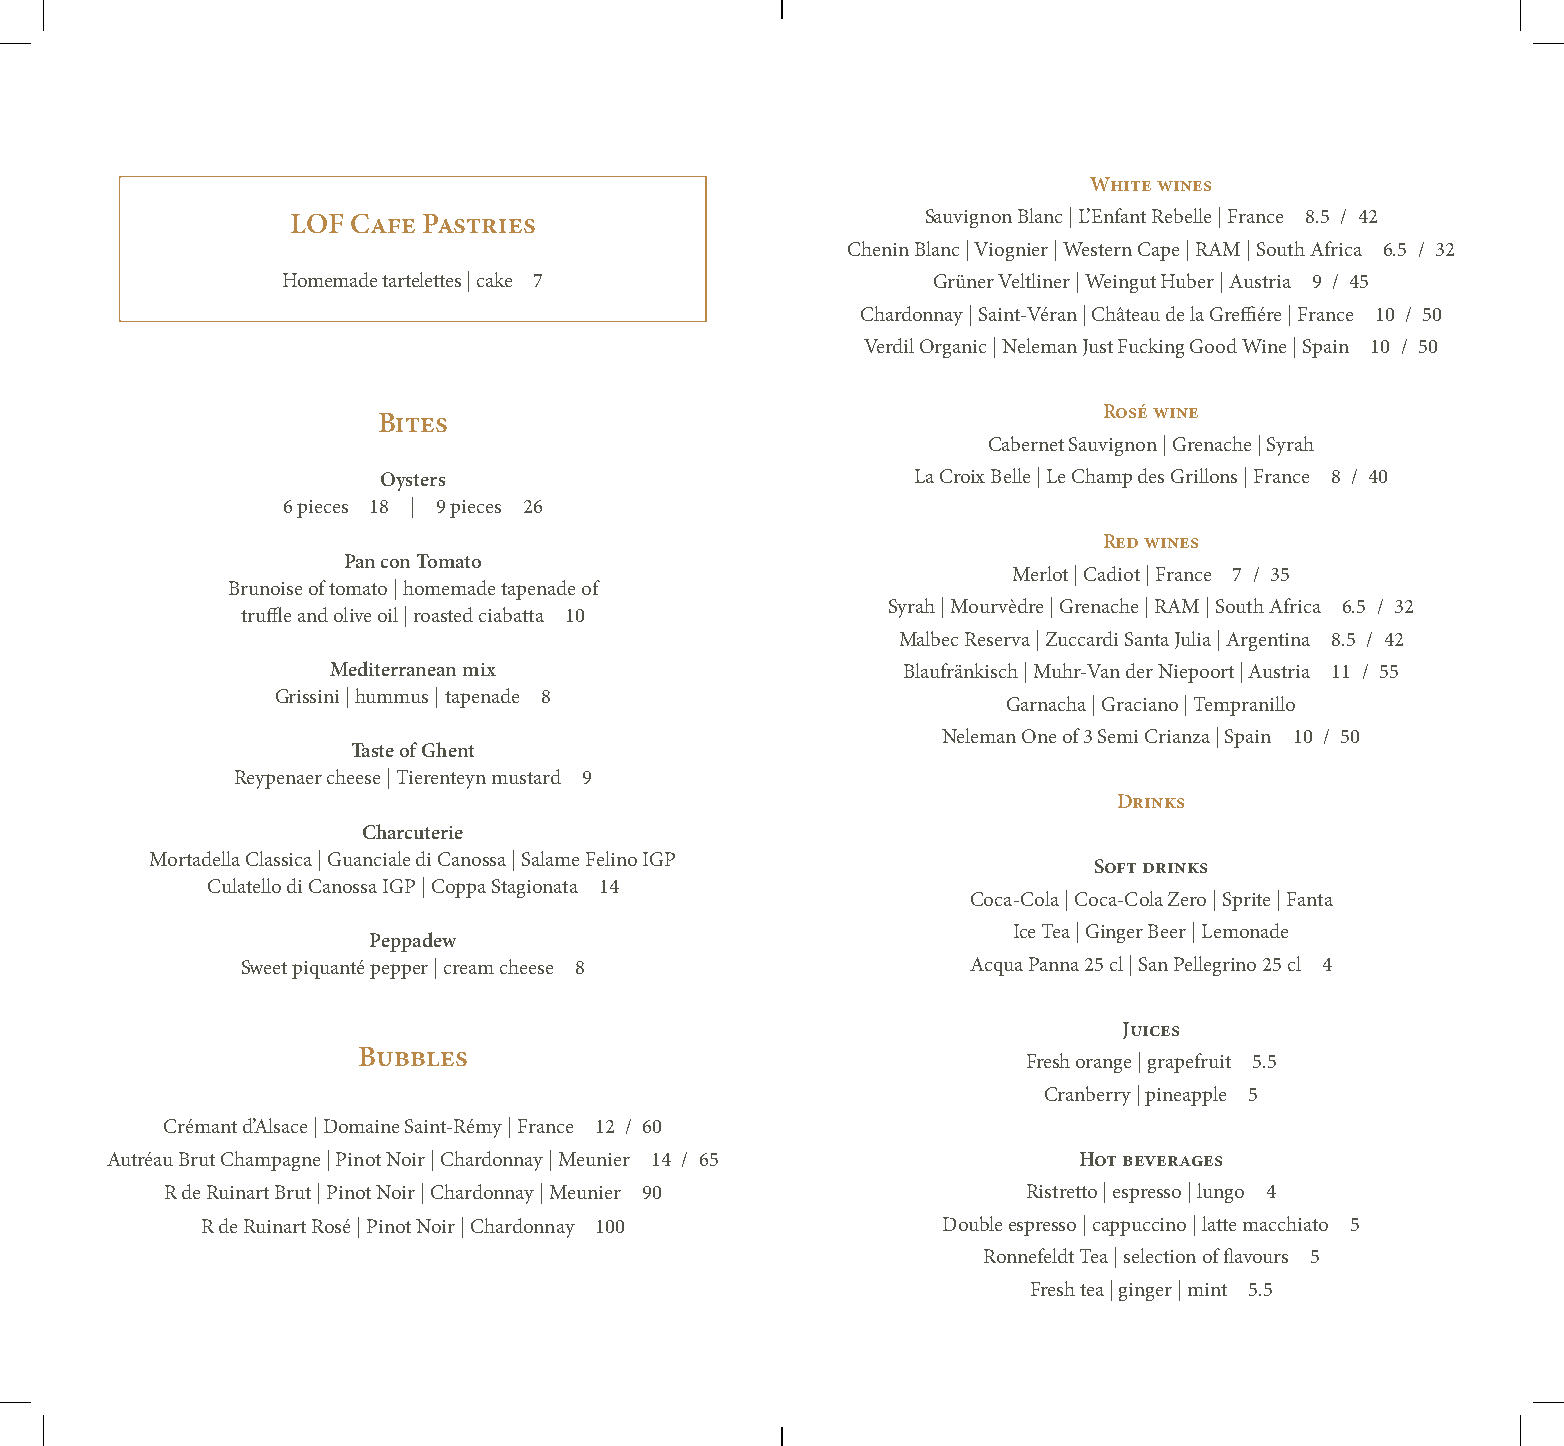
White wines
 LOF Cafe Pastries                         Sauvignon Blanc | L’Enfant Rebelle | France 8.5 / 42
 Chenin Blanc | Viognier | Western Cape | RAM | South Africa 6.5 / 32
 Homemade tartelettes | cake 7              Grüner Veltliner | Weingut Huber | Austria 9 / 45
 Chardonnay | Saint-Véran | Château de la Greffiére | France 10 / 50
 Verdil Organic | Neleman Just Fucking Good Wine | Spain 10 / 50
 Rosé wine
 Bites
 Cabernet Sauvignon | Grenache | Syrah
 Oysters                            La Croix Belle | Le Champ des Grillons | France 8 / 40
 6 pieces 18 | 9 pieces 26
 Red wines
 Pan con Tomato
 Merlot | Cadiot | France 7 / 35
 Brunoise of tomato | homemade tapenade of
 Syrah | Mourvèdre | Grenache | RAM | South Africa 6.5 / 32
 truffle and olive oil | roasted ciabatta 10
 Malbec Reserva | Zuccardi Santa Julia | Argentina 8.5 / 42
 Mediterranean mix                     Blaufränkisch | Muhr-Van der Niepoort | Austria 11 / 55
 Grissini | hummus | tapenade 8
 Garnacha | Graciano | Tempranillo
 Neleman One of 3 Semi Crianza | Spain 10 / 50
 Taste of Ghent
 Reypenaer cheese | Tierenteyn mustard 9
 Drinks
 Charcuterie
 Mortadella Classica | Guanciale di Canossa | Salame Felino IGP
 Soft drinks
 Culatello di Canossa IGP | Coppa Stagionata 14
 Coca-Cola | Coca-Cola Zero | Sprite | Fanta
 Ice Tea | Ginger Beer | Lemonade
 Peppadew
 Sweet piquanté pepper | cream cheese 8          Acqua Panna 25 cl | San Pellegrino 25 cl 4
 Juices
 Bubbles
 Fresh orange | grapefruit 5.5
 Cranberry | pineapple 5
 Crémant d’Alsace | Domaine Saint-Rémy | France 12 / 60
 Autréau Brut Champagne | Pinot Noir | Chardonnay | Meunier 14 / 65 Hot beverages
 R de Ruinart Brut | Pinot Noir | Chardonnay | Meunier 90 Ristretto | espresso | lungo 4
 R de Ruinart Rosé | Pinot Noir | Chardonnay 100  Double espresso | cappuccino | latte macchiato 5
 Ronnefeldt Tea | selection of flavours 5
 Fresh tea | ginger | mint 5.5